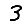
Digit: 3